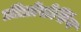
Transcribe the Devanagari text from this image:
प्रीप्रोसेसिंग